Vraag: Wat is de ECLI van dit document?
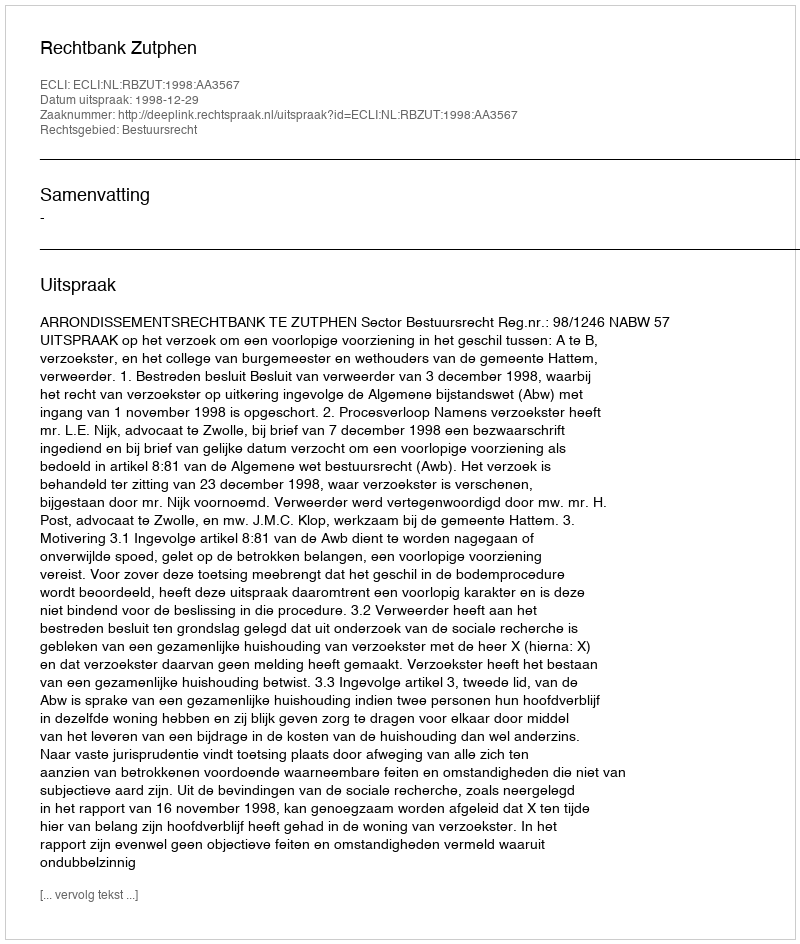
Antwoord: ECLI:NL:RBZUT:1998:AA3567